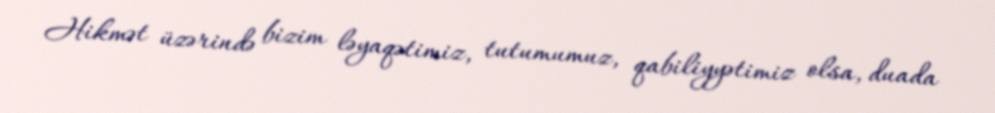
Hikmət üzərində bizim ləyaqətimiz, tutumumuz, qabiliyyətimiz olsa, duada